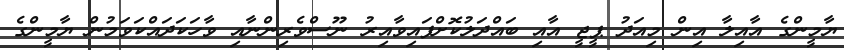
ޔާމީންގެ އާއިލާ އިން މިއަދު ޕީޖީ އާއި ބައްދަލުކޮށްފައިވާއިރު ނޫސްވެރިންނާއި ވާހަކަދައްކަވަމުން ޔާމީންގެ